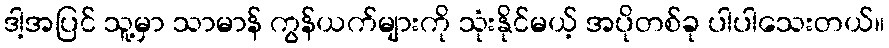
ဒါ့အပြင် သူ့မှာ သာမာန် ကွန်ယက်များကို သုံးနိုင်မယ့် အပိုတစ်ခု ပါပါသေးတယ်။